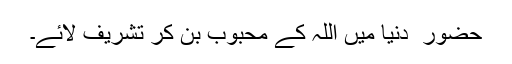
حضور ۖ دنیا میں اللہ کے محبوب بن کر تشریف لائے۔